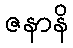
ဇနာနိ